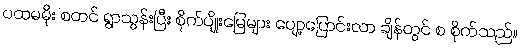
ပထမမိုး စတင် ရွာသွန်းပြီး စိုက်ပျိုးမြေများ ပျော့ပြောင်းလာ ချိန်တွင် စ စိုက်သည်။